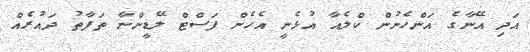
އަދި އޭނާގެ އަންހެނުން ކްލެއާ އުޅެނީ އެހެން ފަސްޓް ލޭޑީންނާ ތަފާތު ދައުރެއް